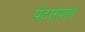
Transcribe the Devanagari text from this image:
पेटाऱ्यांत